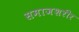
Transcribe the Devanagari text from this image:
समाजशरीर